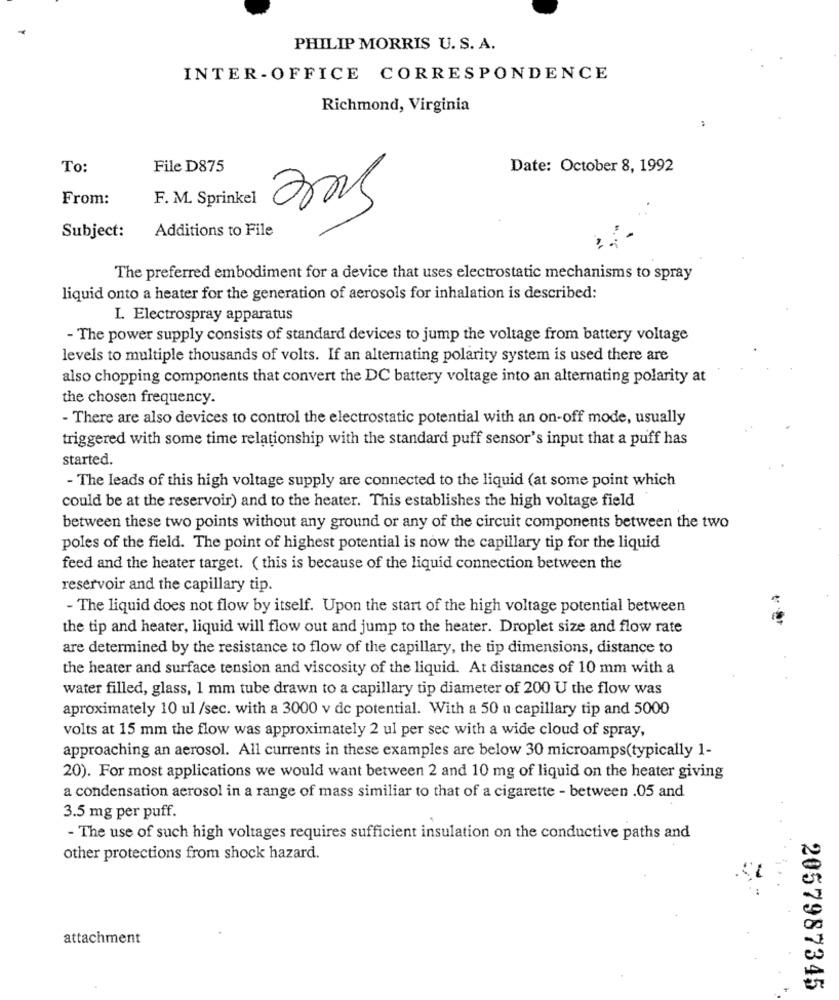
PHILIP MORRIS U. S. A.
INTER-OFFICE CORRESPONDENCE
Richmond, Virginia
To:
File D875
Date: October 8, 1992
From:
F. M. Sprinkel
Additions to File
Subject:
The preferred embodiment for a device that uses electrostatic mechanisms to spray
liquid onto a heater for the generation of aerosols for inhalation is described:
I. Electrospray apparatus
- The power supply consists of standard devices to jump the voltage from battery voltage
levels to multiple thousands of volts. If an alternating polarity system is used there are
also chopping components that convert the DC battery voltage into an alternating polarity at
the chosen frequency.
- There are also devices to control the electrostatic potential with an on-off mode, usually
triggered with some time relationship with the standard puff sensor's input that a puff has
started.
- The leads of this high voltage supply are connected to the liquid (at some point which
could be at the reservoir) and to the heater. This establishes the high voltage field
between these two points without any ground or any of the circuit components between the two
poles of the field. The point of highest potential is now the capillary tip for the liquid
feed and the heater target. ( this is because of the liquid connection between the
reservoir and the capillary tip.
- The liquid does not flow by itself. Upon the start of the high voltage potential between
the tip and heater, liquid will flow out and jump to the heater. Droplet size and flow rate
are determined by the resistance to flow of the capillary, the tip dimensions, distance to
the heater and surface tension and viscosity of the liquid. At distances of 10 mm with a
water filled, glass, 1 mm tube drawn to a capillary tip diameter of 200 U the flow was
aproximately 10 ul /sec. with a 3000 v dc potential. With a 50 u capillary tip and 5000
volts at 15 mm the flow was approximately 2 ul per sec with a wide cloud of spray,
approaching an aerosol. All currents in these examples are below 30 microamps(typically 1-
20). For most applications we would want between 2 and 10 mg of liquid on the heater giving
a condensation aerosol in a range of mass similiar to that of a cigarette - between .05 and
3.5 mg per puff.
- The use of such high voltages requires sufficient insulation on the conductive paths and
other protections from shock hazard.
attachment
2057987345